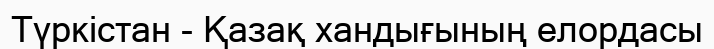
Түркістан - Қазақ хандығының елордасы